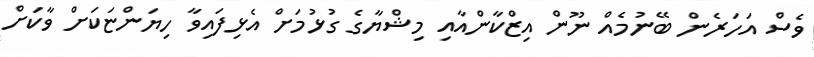
ވެސް އަހަރެން ބޭނުމެއް ނޫން އިޒްކާންއާއި މިޝްޔާގެ ގުޅުމަށް އެޅިފައިވާ ހިޔަންޏަކަށް ވާކަށް